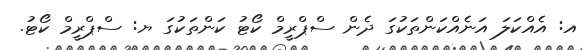
އ: އެއްކަލަ އަނެއްކަންތަކުގަ ދެން ސްޕްރީމް ކޯޓު ކަންތަކުގަ ޔ: ސްޕްރީމް ކޯޓު.